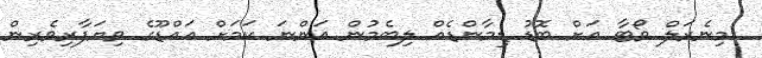
މިނެރަލް ވޯޓާ އަށް ބޮޑު ޑިމާންޑެއް ލިބެމުން އަންނަ ކަމަށް އައްޑޫގެ ވިޔަފާރިވެރިން